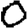
Digit: 0